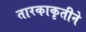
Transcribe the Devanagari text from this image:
तारकाकृतीने